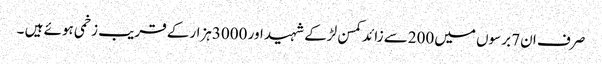
صرف ان7 برسوں میں200سے زائد کمسن لڑکے شہید اور 3000ہزارکے قریب زخمی ہوئے ہیں ۔